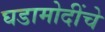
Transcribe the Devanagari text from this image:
घडामोदींचे